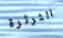
الثرثرة